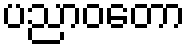
ပညာဝတော